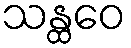
သန္ထဝေ